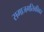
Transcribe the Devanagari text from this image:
समाजगतिकीवर